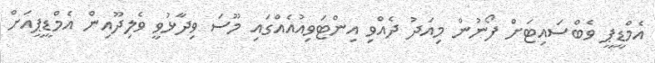
އެމްޑީޕީ ވެބްސައިޓަށް ފޯނުން މިއަދު ދެއްވި އިންޓަވިއުއެއްގައި މޫސަ ވިދާޅުވީ ވެލިދޫއިން އެމްޑީޕީއަށް